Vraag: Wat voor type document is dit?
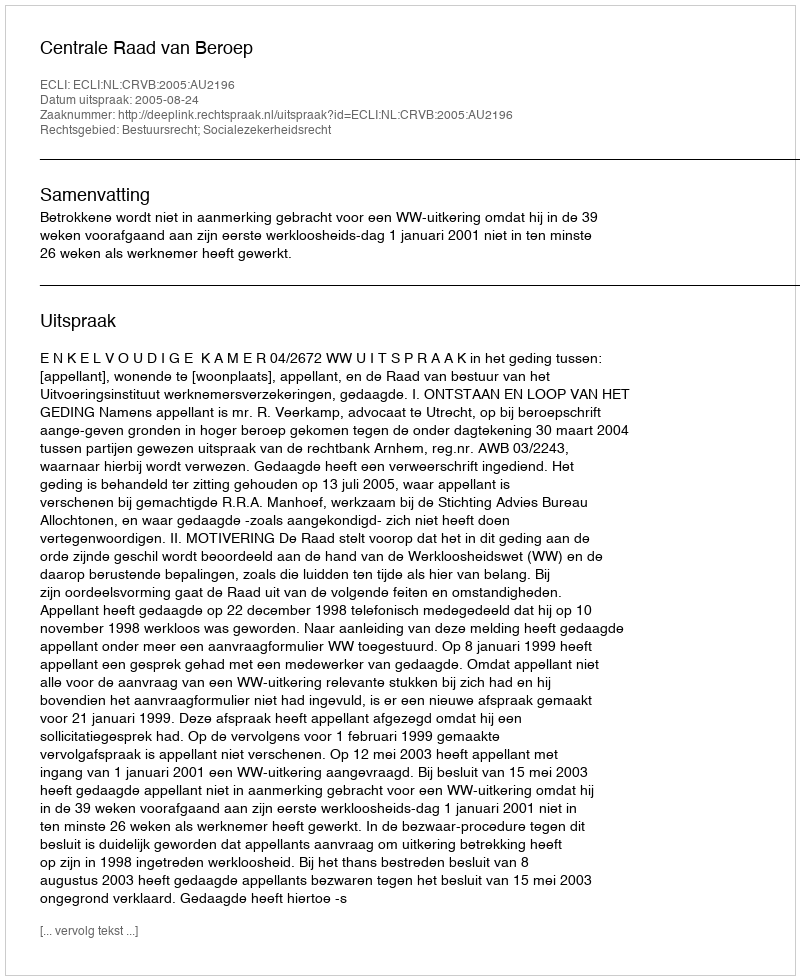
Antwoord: Uitspraak